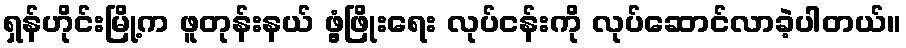
ရှန်ဟိုင်းမြို့က ဖူတုန်းနယ် ဖွံ့ဖြိုးရေး လုပ်ငန်းကို လုပ်ဆောင်လာခဲ့ပါတယ်။